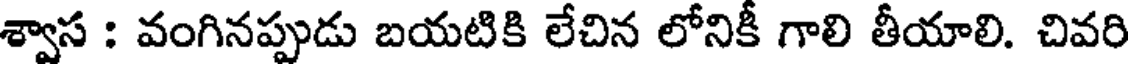
శ్వాస : వంగినప్పుడు బయటికి లేచిన లోనికీ గాలి తీయాలి. చివరి